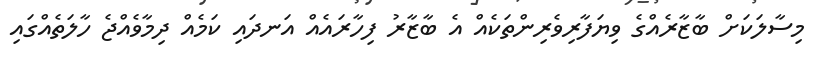
މިސާލަކަށް ބާޒާރެއްގެ ވިޔަފާރިވެރިންތަކެއް އެ ބާޒާރު ފިހާރައެއް އަނދައި ކަމެއް ދިމާވެއްޖެ ހާލަތެއްގައި